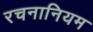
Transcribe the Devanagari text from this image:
रचनानियम